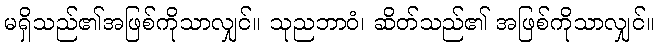
မရှိသည်၏အဖြစ်ကိုသာလျှင်။ သုညဘာဝံ၊ ဆိတ်သည်၏ အဖြစ်ကိုသာလျှင်။